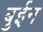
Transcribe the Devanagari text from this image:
बुईन